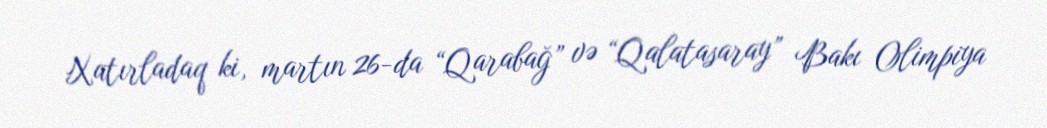
Xatırladaq ki, martın 26-da “Qarabağ” və “Qalatasaray” Bakı Olimpiya